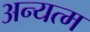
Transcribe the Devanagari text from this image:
अन्यत्म